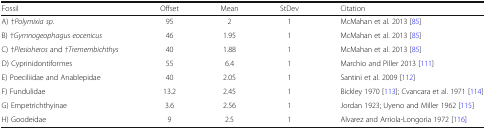
| Fossil | Offset | Mean | StDev | Citation |
 | --- | --- | --- | --- | --- |
 | A) †Polymixia sp. | 95 | 2 | 1 | McMahan et al. 2013 [85] |
 | B) †Gymnogeophagus eocenicus | 46 | 1.95 | 1 | McMahan et al. 2013 [85] |
 | C) †Plesioheros and †Tremembichthys | 40 | 1.88 | 1 | McMahan et al. 2013 [85] |
 | D) Cyprinidontiformes | 55 | 6.4 | 1 | Marchio and Piller 2013 [111] |
 | E) Poeciliidae and Anablepidae | 40 | 2.05 | 1 | Santini et al. 2009 [112] |
 | F) Fundulidae | 13.2 | 2.45 | 1 | Bickley 1970 [113]; Cvancara et al. 1971 [114] |
 | G) Empetrichthyinae | 3.6 | 2.56 | 1 | Jordan 1923; Uyeno and Miller 1962 [115] |
 | H) Goodeidae | 9 | 2.5 | 1 | Alvarez and Arriola-Longoria 1972 [116] |